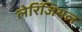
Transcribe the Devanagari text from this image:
लेरिंजियल